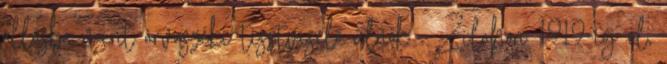
állásba mint árvaszéki tisztviselő ülnök . Zilahon 1919-ig él,